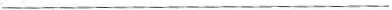
___